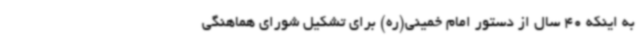
به اینکه 40 سال از دستور امام خمینی(ره) برای تشکیل شورای هماهنگی